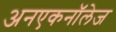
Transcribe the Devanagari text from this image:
अनएकनॉलेज